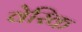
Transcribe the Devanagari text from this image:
वेरिक